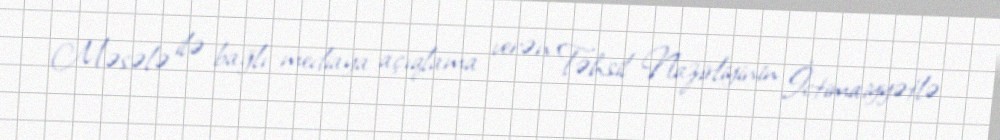
Məsələ ilə bağlı mediaya açıqlama verən Təhsil Nazirliyinin İctimaiyyətlə